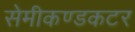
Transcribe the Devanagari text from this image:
सेमीकण्डकटर